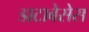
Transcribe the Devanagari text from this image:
डाटाबेसेस